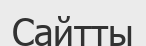
Сайтты